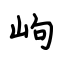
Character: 岣